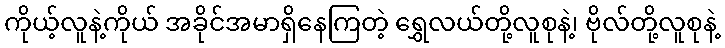
ကိုယ့်လူနဲ့ကိုယ် အခိုင်အမာရှိနေကြတဲ့ ရွှေလယ်တို့လူစုနဲ့၊ ဗိုလ်တို့လူစုနဲ့